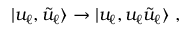
| u _ { \ell } , \tilde { u } _ { \ell } \rangle \to | u _ { \ell } , u _ { \ell } \tilde { u } _ { \ell } \rangle ~ ,